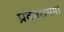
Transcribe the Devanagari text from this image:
प्रकाशमय।